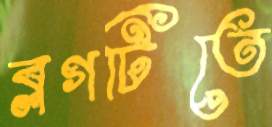
ব্লগটিতে